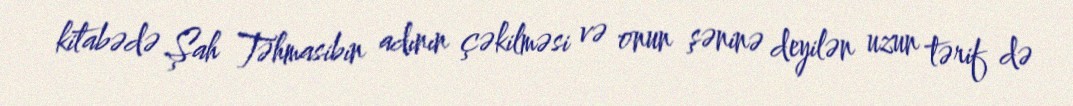
kitabədə Şah Təhmasibin adının çəkilməsi və onun şəninə deyilən uzun tərif də